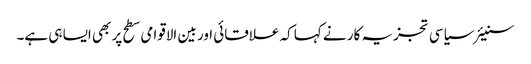
سنیئر سیاسی تجزیہ کار نے کہا کہ علاقائی اور بین الاقوامی سطح پر بھی ایسا ہی ہے۔